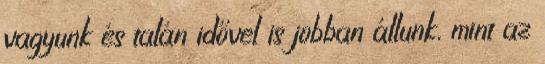
vagyunk és talán idővel is jobban állunk, mint az